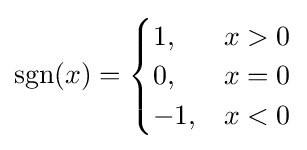
\operatorname {sgn} (x)={\begin{cases}1,&x>0\\0,&x=0\\-1,&x<0\\\end{cases}}